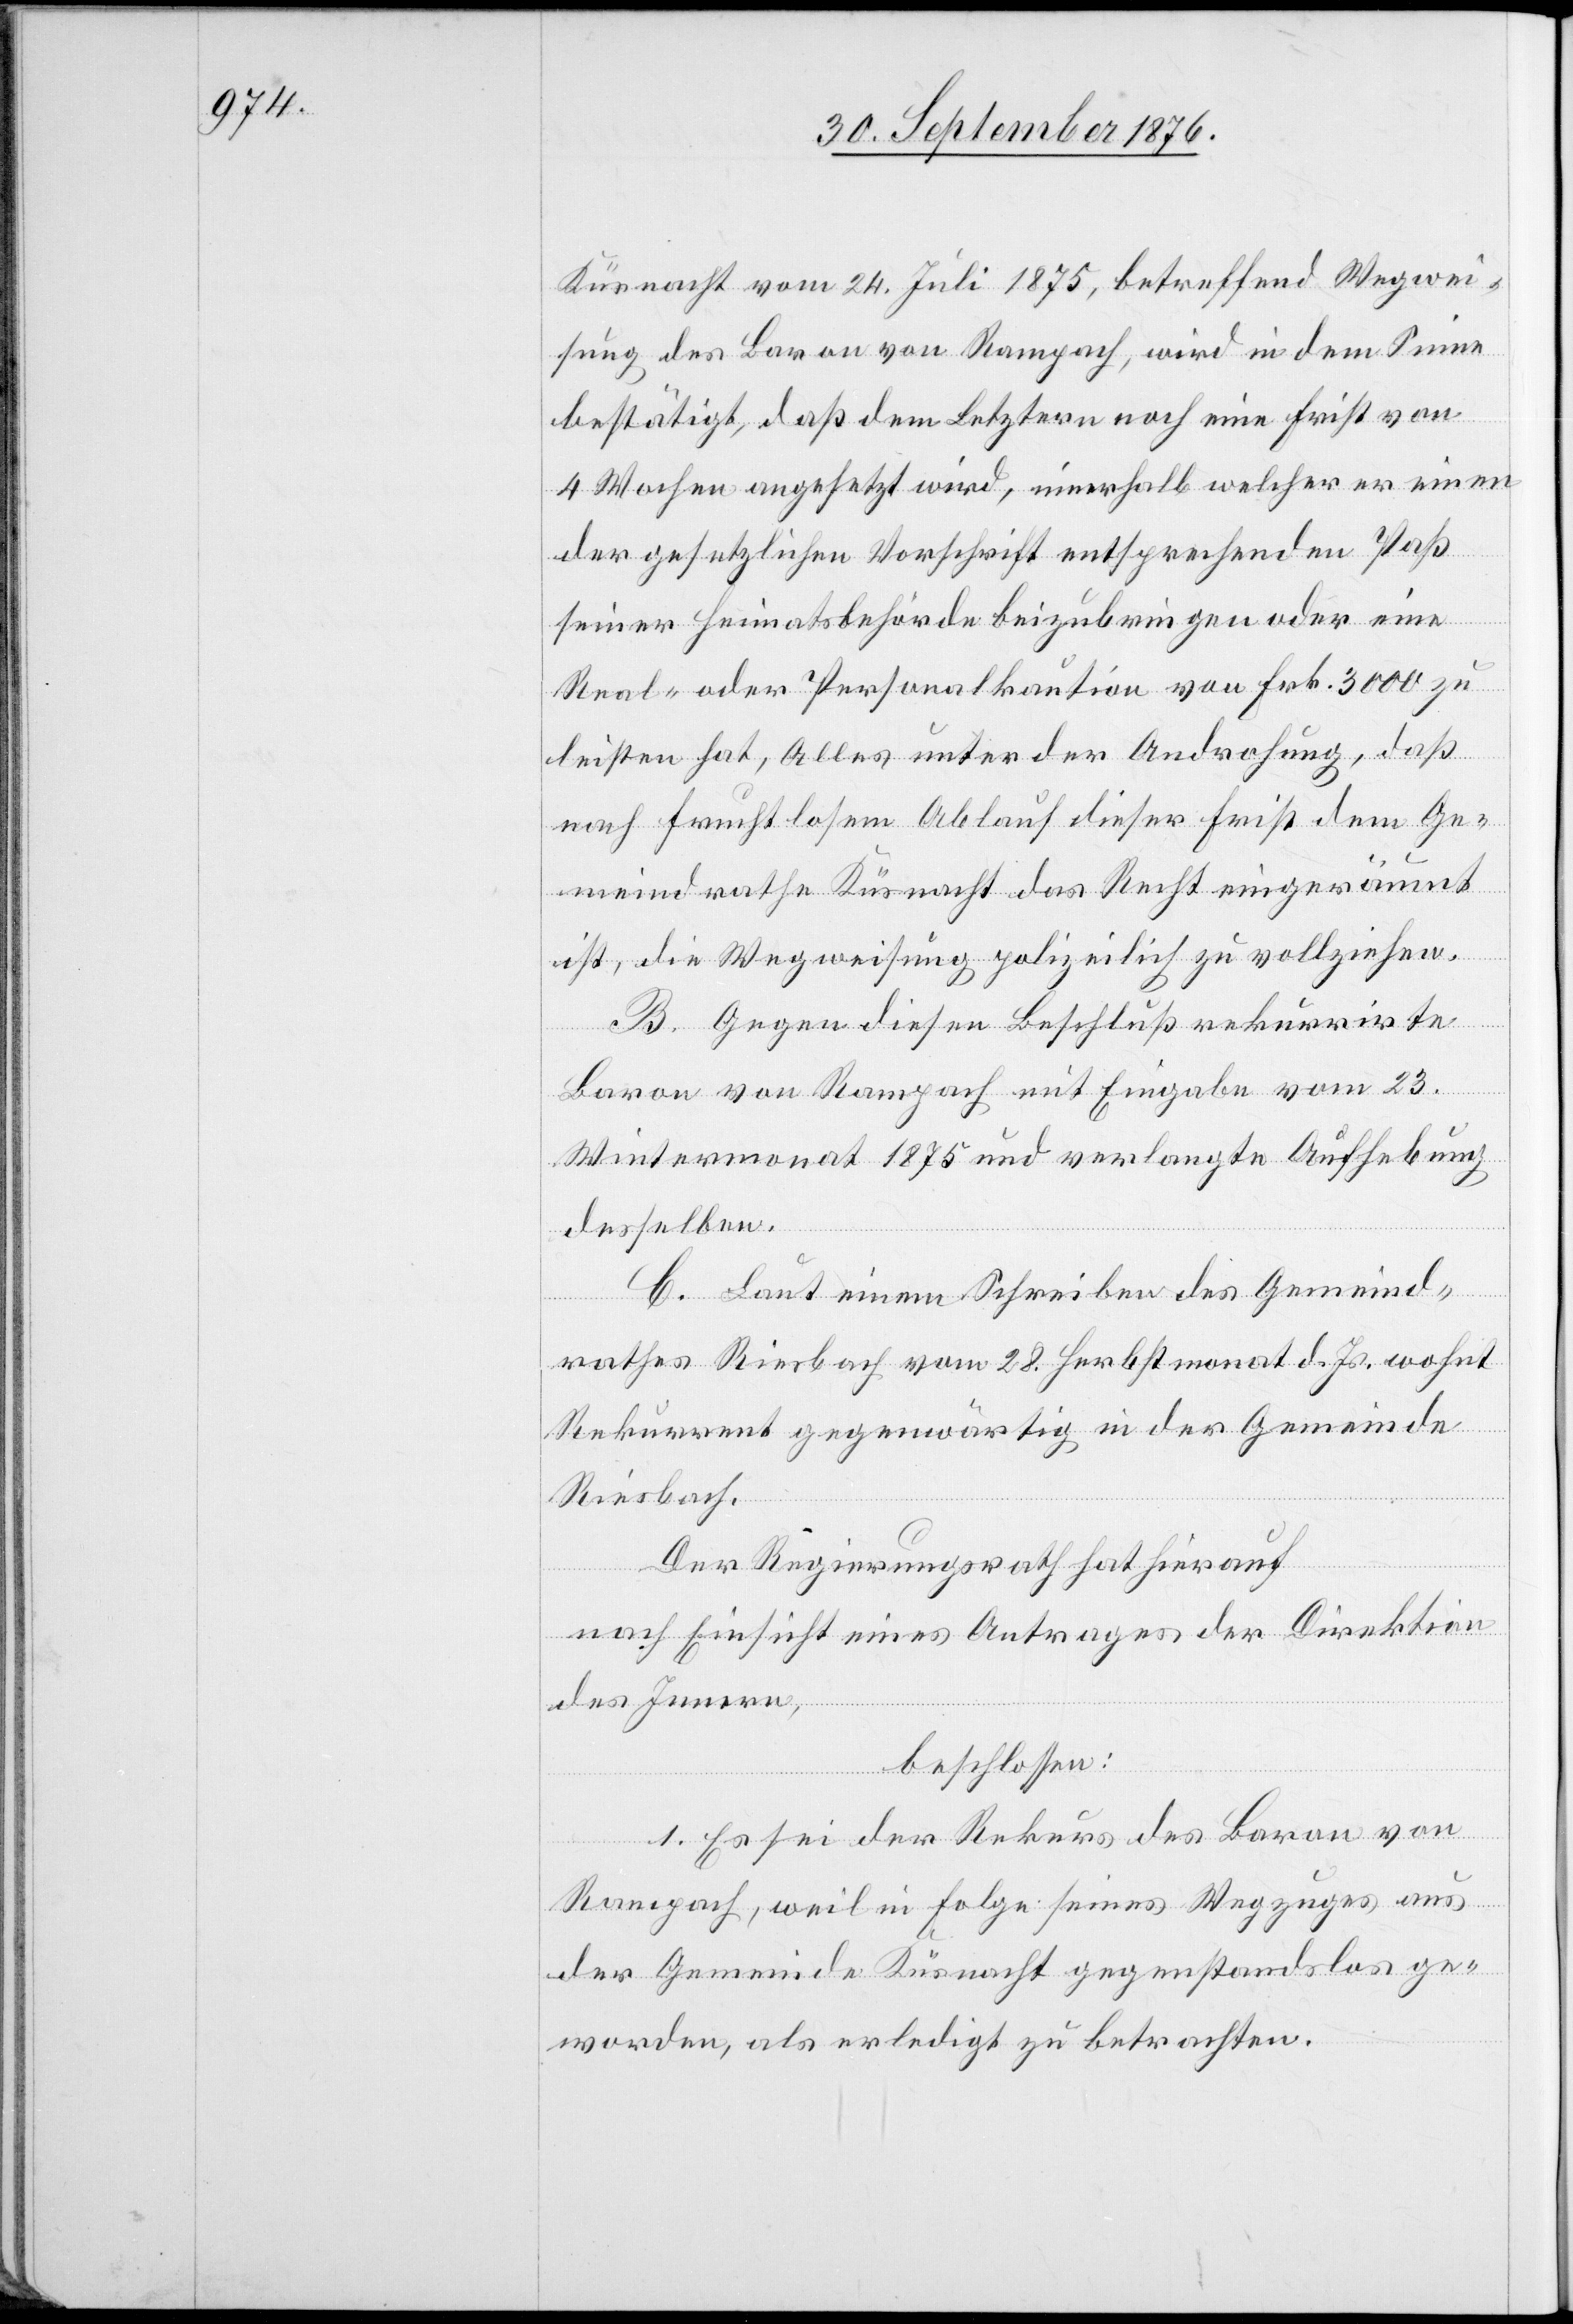
Küsnacht vom 24. Juli 1875, betreffend Wegwei¬
sung des Baron von Rampach, wird in dem Sinne
bestätigt, daß dem letztern noch eine Frist von
4 Wochen angesetzt wird, innerhalb welcher er einen
der gesetzlichen Vorschrift entsprechenden Paß
seiner Heimatsbehörde beizubringen oder eine
Real- oder Personalkaution von Frk. 3000 zu
leisten hat, Alles unter der Androhung, daß
nach fruchtlosem Ablauf dieser Frist dem Ge¬
meindrathe Küsnacht das Recht eingeräumt
ist, die Wegweisung polizeilich zu vollziehen.
B. Gegen diesen Beschluß rekurrirte
Baron von Rampach mit Eingabe vom 23.
Wintermonat 1875 und verlangte Aufhebung
desselben.
C. Laut einem Schreiben des Gemeind¬
rathes Riesbach vom 28. Herbstmonat d. Js. wohnt
Rekurrent gegenwärtig in der Gemeinde
Riesbach.
Der Regierungsrath hat hierauf
nach Einsicht eines Antrages der Direktion
des Innern,
beschlossen:
1. Es sei der Rekurs des Baron von
Rampach, weil in Folge seines Wegzuges aus
der Gemeinde Küsnacht gegenstandslos ge¬
worden, als erledigt zu betrachten.